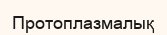
Протоплазмалық